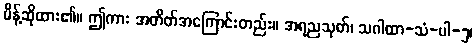
မိန့်ဆိုထား၏။ ဤကား အတိတ်အကြောင်းတည်း။ အရညသုတ်၊ သဂါထာ-သံ-ပါ-၅၊